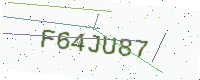
Text: F64JU87